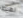
نهبط